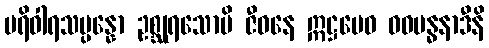
ပရိဝါရသမ္ပန္နော ဥစ္ဆုရသောပိ ဇီဝနေ ဣဋ္ဌမေဝ ဝဓဗန္ဓနာဒီနိ